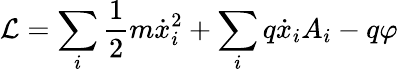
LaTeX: {\mathcal{L}}=\sum_{i}{\frac{1}{2}}m{\dot{x}}_{i}^{2}+\sum_{i}q{\dot{x}}_{i}A_{i}-q\varphi